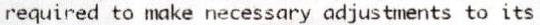
REQUIRED TO MAKE NECESSARY ADJUSTMENTS TO ITS